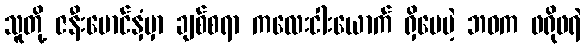
သူတို့ ဇနီးမောင်နှံမှာ ချစ်စရာ ကလေးငါးယောက် ရှိပေမဲ့ ဘဝက ဖရိုဖရဲ